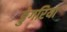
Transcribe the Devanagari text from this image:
डुंगरिया